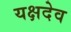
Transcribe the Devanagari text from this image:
यक्षदेव